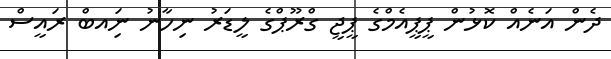
ދެން އަނެއް ކޮޅުން ޕީޕީއެމްގެ ޕީޖީ ގްރޫޕްގެ ލީޑަރު ނިހާނު ނަިއބް ރައީސް